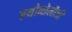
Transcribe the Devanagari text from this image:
एथोनोलौजी